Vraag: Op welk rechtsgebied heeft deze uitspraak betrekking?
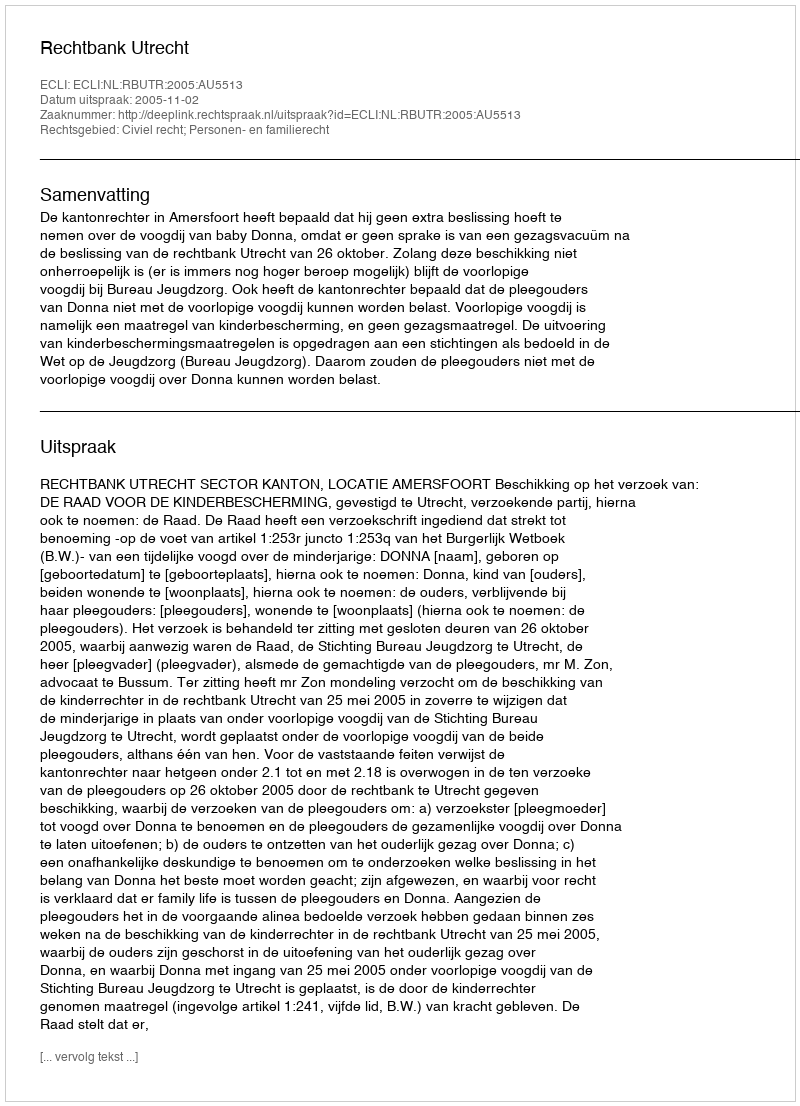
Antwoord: Civiel recht; Personen- en familierecht